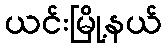
ယင်းမြို့နယ်